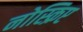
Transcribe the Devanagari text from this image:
नोस्क्रिप्ट